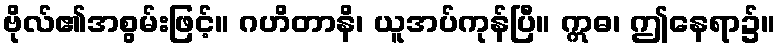
ဗိုလ်၏အစွမ်းဖြင့်။ ဂဟိတာနိ၊ ယူအပ်ကုန်ပြီ။ ဣဓ၊ ဤနေရာ၌။